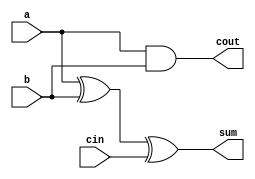
module full_adder8(a,b,cin,sum,cout);
input a,b,cin;
output sum,cout;
assign sum = a^b^cin;
assign cout = a&b|cin&(1'b0); 
// initial begin
//     $display("The incorrect adder with or0 and and1 having out/0 and in1/0");
// end   
endmodule